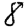
Digit: 8